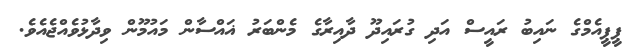
ޕީޕީއެމްގެ ނައިބު ރައީސް އަދި ގުރައިދޫ ދާއިރާގެ މެންބަރު ޣައްސާން މައުމޫން ވިދާޅުވެއްޖެއެވެ.